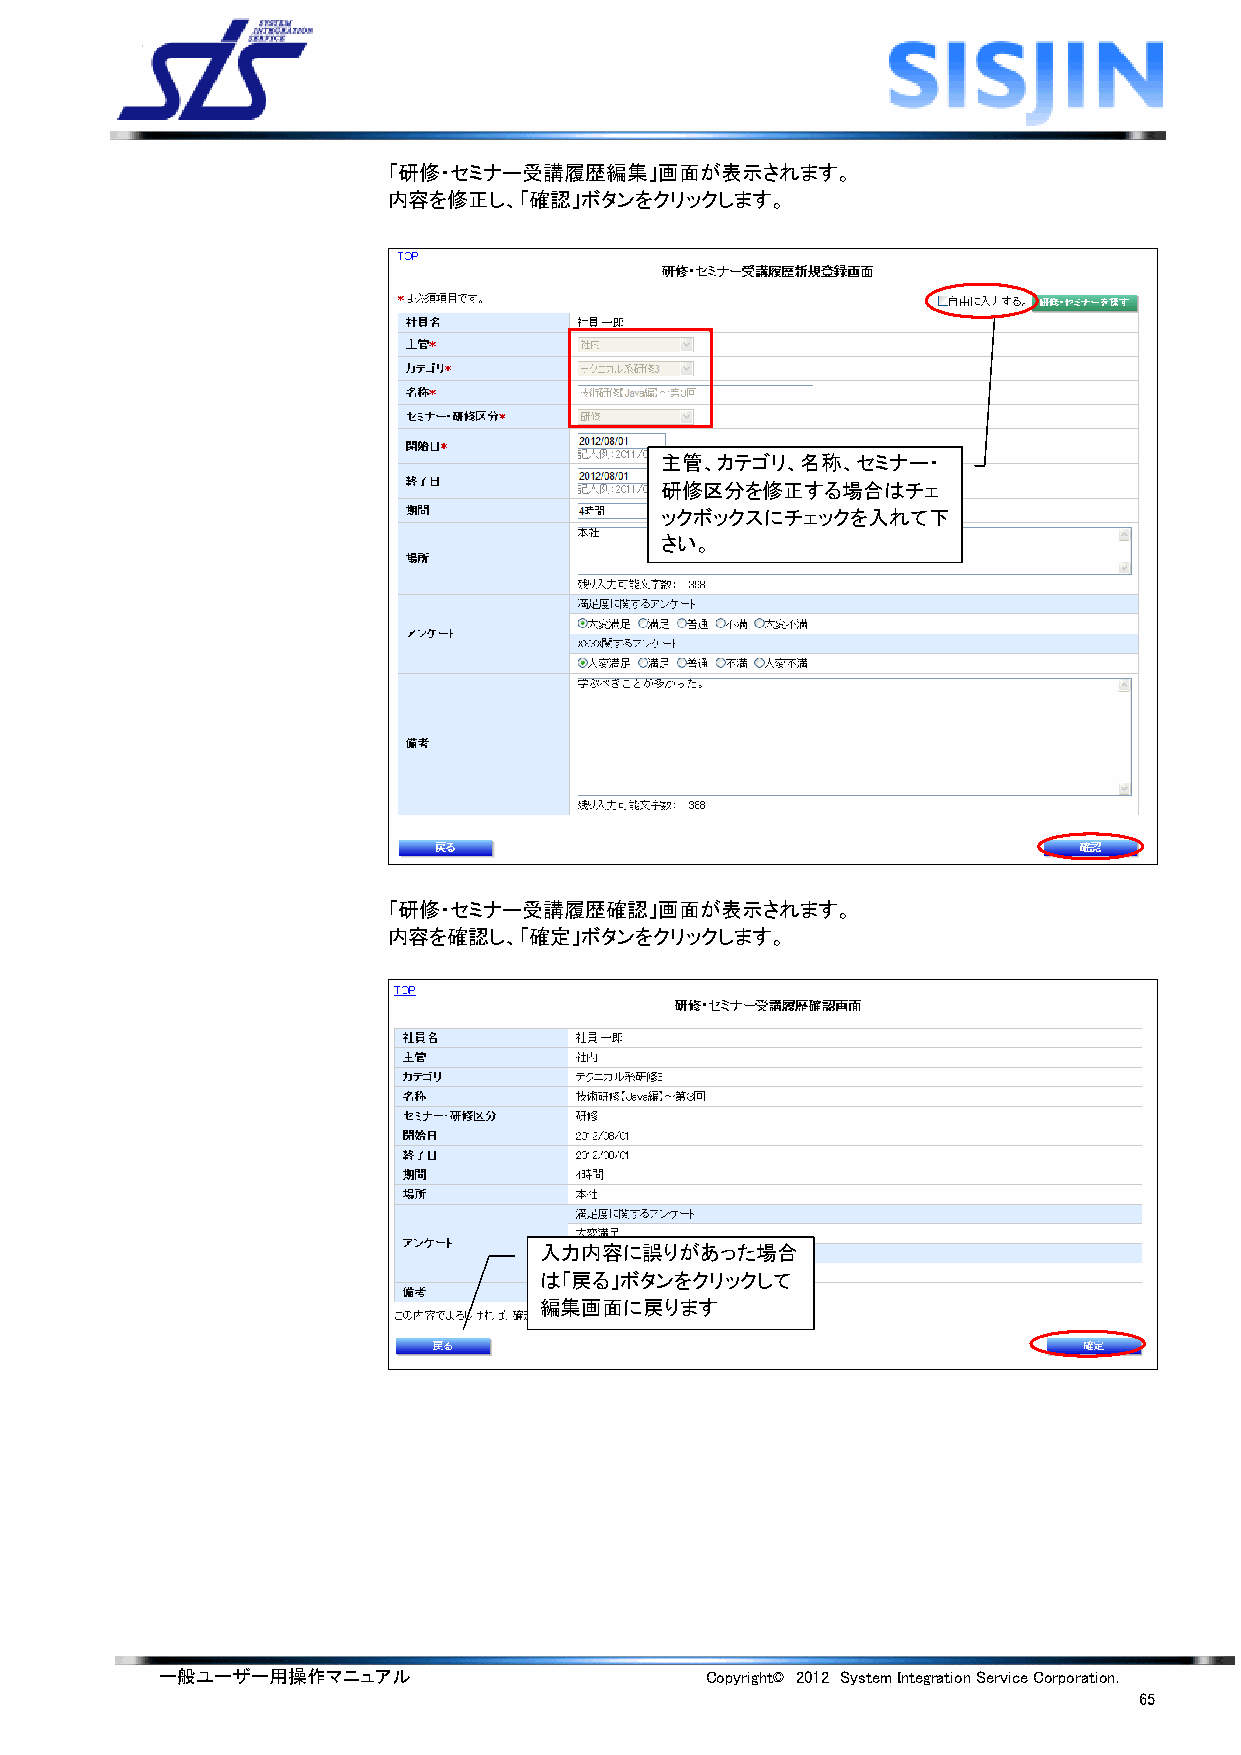
「研修・セミナー受講履歴編集」画面が表示されます。
 内容を修正し、「確認」ボタンをクリックします。
 主管、カテゴリ、名称、セミナー・
 研修区分を修正する場合はチェ
 ックボックスにチェックを入れて下
 さい。
 「研修・セミナー受講履歴確認」画面が表示されます。
 内容を確認し、「確定」ボタンをクリックします。
 入力内容に誤りがあった場合
 は「戻る」ボタンをクリックして
 編集画面に戻ります
 一般ユーザー用操作マニュアル                      Copyright© 2012 System Integration Service Corporation.
 65